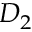
D _ { 2 }